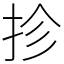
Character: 抮